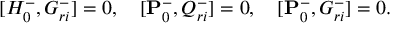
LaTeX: \lbrack { H _ { 0 } ^ { - } , G _ { r i } ^ { - } } \rbrack = 0 , \quad \lbrack { { \bf P } _ { 0 } ^ { - } , Q _ { r i } ^ { - } } \rbrack = 0 , \quad \lbrack { { \bf P } _ { 0 } ^ { - } , G _ { r i } ^ { - } } \rbrack = 0 .